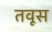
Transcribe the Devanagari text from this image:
तवूस